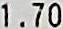
1.70